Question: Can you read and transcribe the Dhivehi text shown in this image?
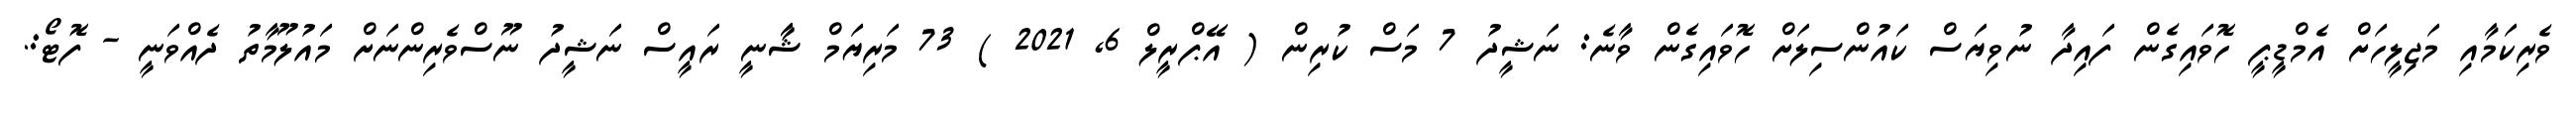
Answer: ވެރިކަމާއި މަޖިލީހަށް އެމްޑީޕީ ހޮވައިގެން ފައިދާ ނުވިޔަސް ކައުންސިލަށް ހޮވައިގެން ވާނެ: ނަޝީދު 7 މަސް ކުރިން ( އޭޕްރީލް 6, 2021 ) 73 މަރިޔަމް ޝާާނީ ރައީސް ނަޝީދު ނޫސްވެރިންނަށް މައުލޫމާތު ދެއްވަނީ - ފޮޓޯ:.